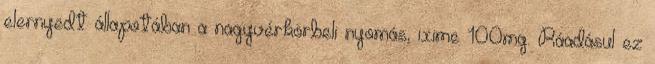
elernyedt állapotában a nagyvérkörbeli nyomás, ixime 100mg. Ráadásul ez